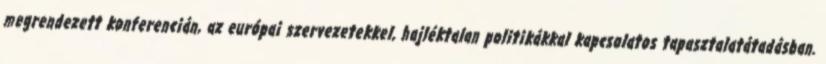
megrendezett konferencián, az európai szervezetekkel, hajléktalan politikákkal kapcsolatos tapasztalatátadásban.